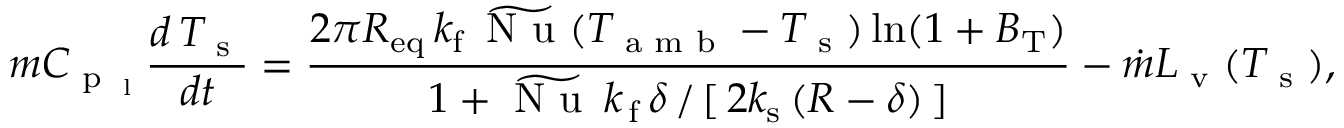
m C _ { \textup { p } _ { \textup { l } } } \frac { d \, T _ { \textup { s } } } { d t } = \frac { 2 \pi R _ { \mathrm { e q } } \, k _ { \mathrm { f } } \, \widetilde { \textup { N u } } ( T _ { \textup { a m b } } - T _ { \textup { s } } ) \ln ( 1 + B _ { \mathrm { T } } ) } { { 1 + \widetilde { \textup { N u } } \, k _ { \mathrm { \, f } } \, \delta \, / \, [ \, 2 k _ { \mathrm { s } } \, ( R - \delta ) \, ] } } - \dot { m } L _ { \textup { v } } ( T _ { \textup { s } } ) ,